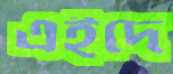
এইদে